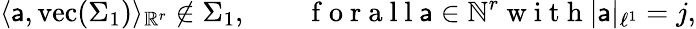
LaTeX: \langle\mathsf{a},\mathrm{vec}(\Sigma_{1})\rangle_{\mathbb{R}^{r}}\notin\Sigma_{1},\qquad\mathrm{~f~o~r~a~l~l~}\mathsf{a}\in\mathbb{N}^{r}\mathrm{~w~i~t~h~}|\mathsf{a}|_{\ell^{1}}=j,